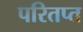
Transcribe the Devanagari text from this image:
परितप्त